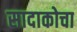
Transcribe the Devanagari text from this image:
सादाकोचा